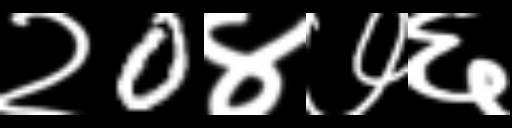
Text: २0४७६